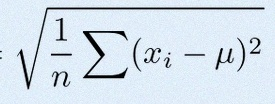
\sigma=\sqrt{\frac1n\sum(x_i-\mu)^2}